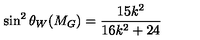
\sin ^ { 2 } \theta _ { W } ( M _ { G } ) = \frac { 1 5 k ^ { 2 } } { 1 6 k ^ { 2 } + 2 4 }